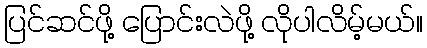
ပြင်ဆင်ဖို့ ပြောင်းလဲဖို့ လိုပါလိမ့်မယ်။